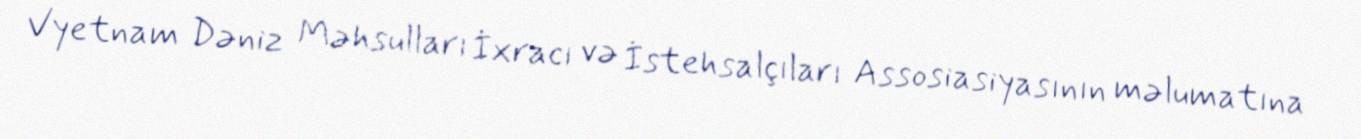
Vyetnam Dəniz Məhsulları İxracı və İstehsalçıları Assosiasiyasının məlumatına